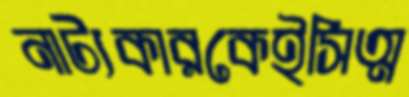
নাট্যকারকেইসিত্ম